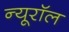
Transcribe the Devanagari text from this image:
न्यूरॉल